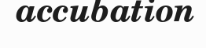
accubation